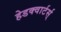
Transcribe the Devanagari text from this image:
हेडक्वार्टर्स्